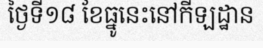
ថ្ងៃទី១៨ ខែធ្នូនេះនៅកីឡដ្ឋាន